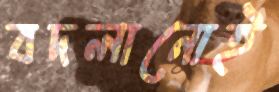
বদলানোই